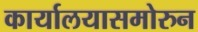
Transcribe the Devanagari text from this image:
कार्यालयासमोरुन